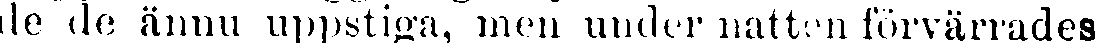
de de ännu uppstiga, men under natten förvärrades